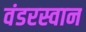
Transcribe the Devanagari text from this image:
वंडरस्वान